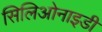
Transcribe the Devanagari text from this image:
सिलिओनाइडी